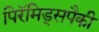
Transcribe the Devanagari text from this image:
पिरॅमिड्सपैकी